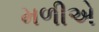
મળીએ